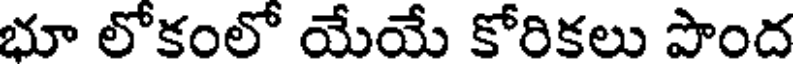
భూ లోకంలో యేయే కోరికలు పొంద